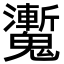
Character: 魙